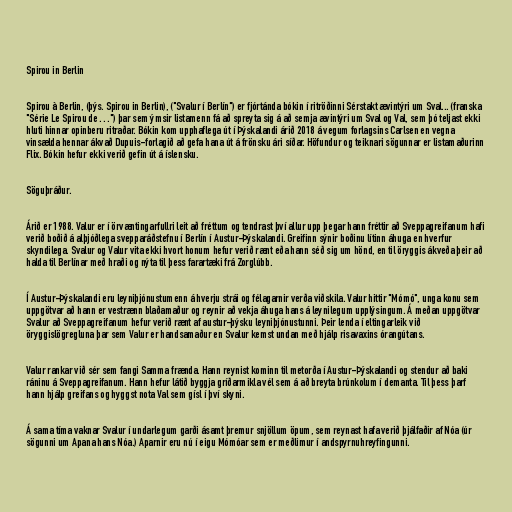
Spirou in Berlin

Spirou à Berlin, (þýs. Spirou in Berlin), ("Svalur í Berlín") er fjórtánda bókin í ritröðinni Sérstakt ævintýri um Sval... (franska
"Série Le Spirou de…") þar sem ýmsir listamenn fá að spreyta sig á að semja ævintýri um Sval og Val, sem þó teljast ekki
hluti hinnar opinberu ritraðar. Bókin kom upphaflega út í Þýskalandi árið 2018 á vegum forlagsins Carlsen en vegna
vinsælda hennar ákvað Dupuis-forlagið að gefa hana út á frönsku ári síðar. Höfundur og teiknari sögunnar er listamaðurinn
Flix. Bókin hefur ekki verið gefin út á íslensku.

Söguþráður.

Árið er 1988. Valur er í örvæntingarfullri leit að fréttum og tendrast því allur upp þegar hann fréttir að Sveppagreifanum hafi
verið boðið á alþjóðlega svepparáðstefnu í Berlín í Austur-Þýskalandi. Greifinn sýnir boðinu lítinn áhuga en hverfur
skyndilega. Svalur og Valur vita ekki hvort honum hefur verið rænt eða hann séð sig um hönd, en til öryggis ákveða þeir að
halda til Berlínar með hraði og nýta til þess farartæki frá Zorglúbb.

Í Austur-Þýskalandi eru leyniþjónustumenn á hverju strái og félagarnir verða viðskila. Valur hittir "Mómó", unga konu sem
uppgötvar að hann er vestrænn blaðamaður og reynir að vekja áhuga hans á leynilegum upplýsingum. Á meðan uppgötvar
Svalur að Sveppagreifanum hefur verið rænt af austur-þýsku leyniþjónustunni. Þeir lenda í eltingarleik við
öryggislögregluna þar sem Valur er handsamaður en Svalur kemst undan með hjálp risavaxins órangútans.

Valur rankar við sér sem fangi Samma frænda. Hann reynist kominn til metorða í Austur-Þýskalandi og stendur að baki
ráninu á Sveppagreifanum. Hann hefur látið byggja gríðarmikla vél sem á að breyta brúnkolum í demanta. Til þess þarf
hann hjálp greifans og hyggst nota Val sem gísl í því skyni.

Á sama tíma vaknar Svalur í undarlegum garði ásamt þremur snjöllum öpum, sem reynast hafa verið þjálfaðir af Nóa (úr
sögunni um Apana hans Nóa.) Aparnir eru nú í eigu Mómóar sem er meðlimur í andspyrnuhreyfingunni.